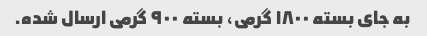
به جای بسته ١٨٠٠ گرمی، بسته ٩٠٠ گرمی ارسال شده.